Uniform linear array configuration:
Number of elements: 64
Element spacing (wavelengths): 0.25
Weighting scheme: binomial
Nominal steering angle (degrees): -15
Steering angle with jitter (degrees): -15.308
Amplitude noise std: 0.05
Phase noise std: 0.05

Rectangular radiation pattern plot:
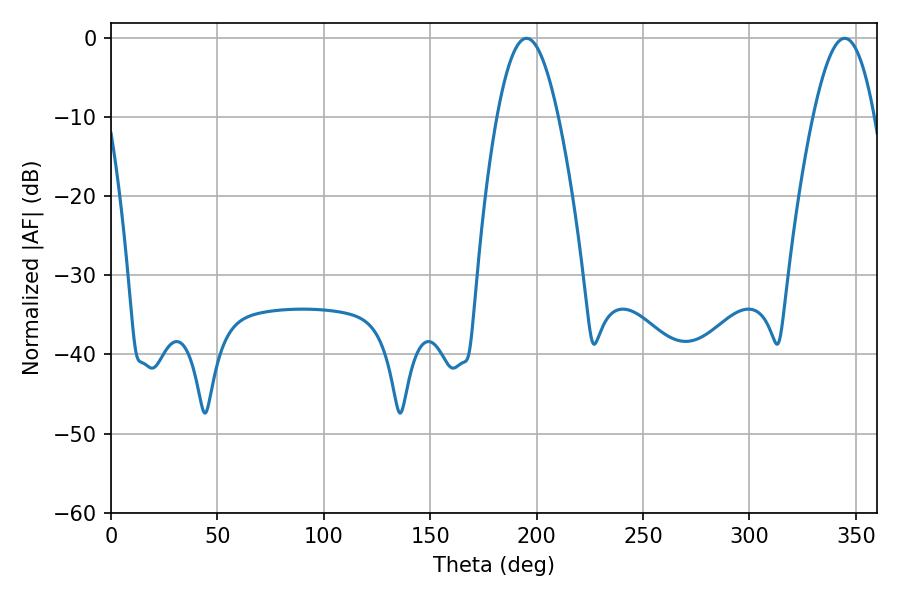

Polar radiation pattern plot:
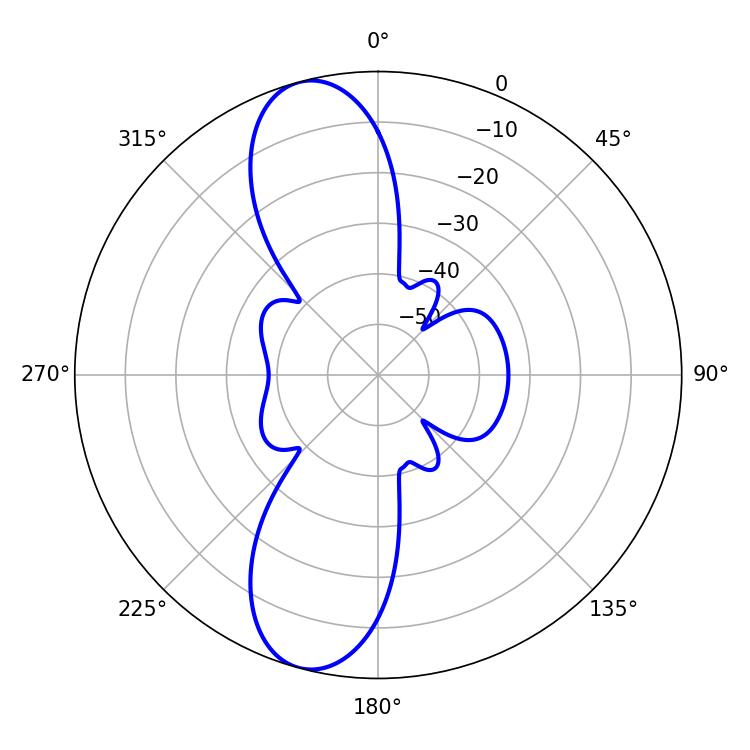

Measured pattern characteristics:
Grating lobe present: FALSE
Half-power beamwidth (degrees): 15.66
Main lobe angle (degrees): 195.3